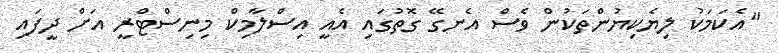
"އެކަމަކު ލިޔެކިޔުންތަކުން ވެސް އެނގޭ ގޮތުގައި އެއީ އިސްލާމިކް މިނިސްޓްރީ އަށް ދީފައި